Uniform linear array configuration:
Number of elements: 12
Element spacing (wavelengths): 1
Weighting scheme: blackman
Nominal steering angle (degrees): -30
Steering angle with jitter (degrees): -31.162
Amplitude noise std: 0.05
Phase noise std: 0.05

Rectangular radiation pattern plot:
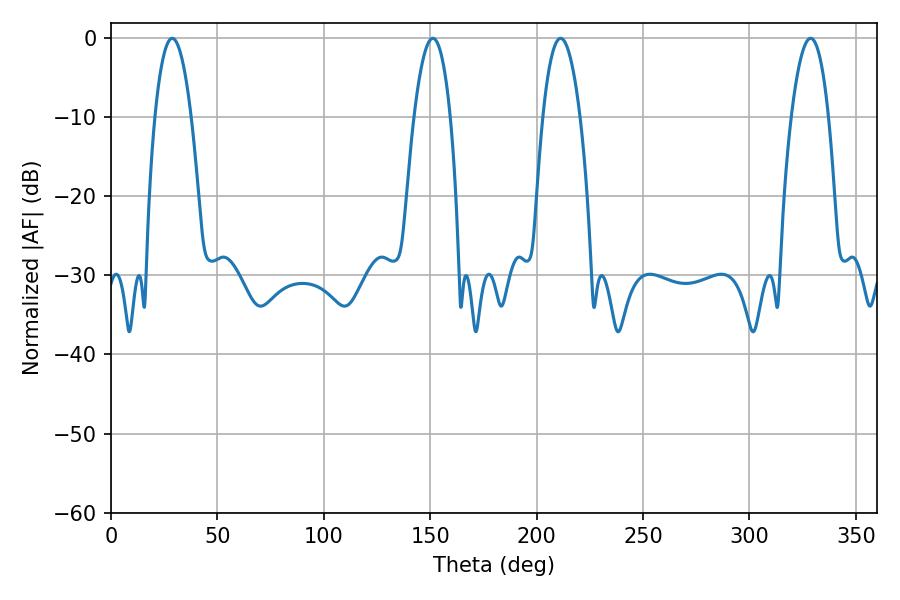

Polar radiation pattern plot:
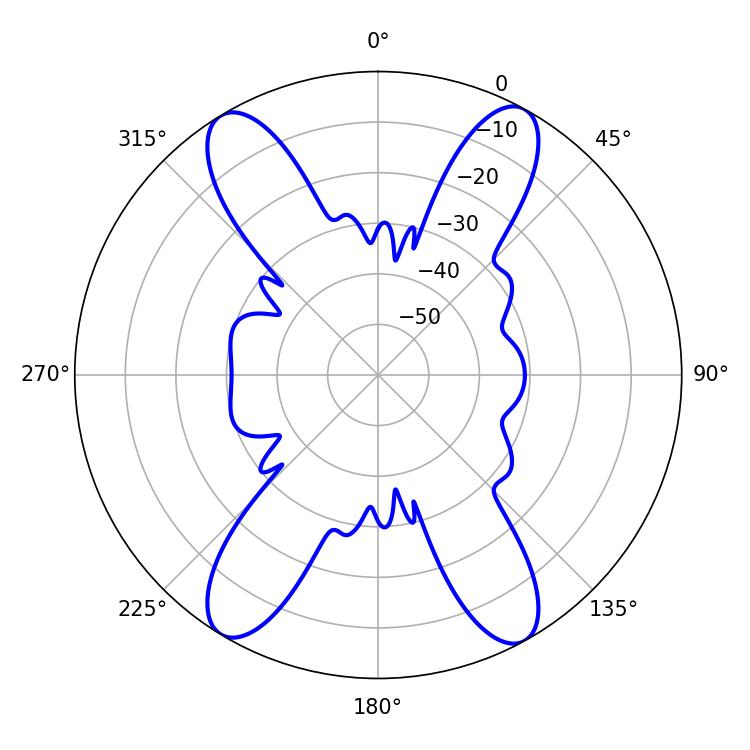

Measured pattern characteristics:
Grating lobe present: TRUE
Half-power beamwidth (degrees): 9.54
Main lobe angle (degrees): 28.8